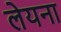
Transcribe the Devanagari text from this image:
लेयना